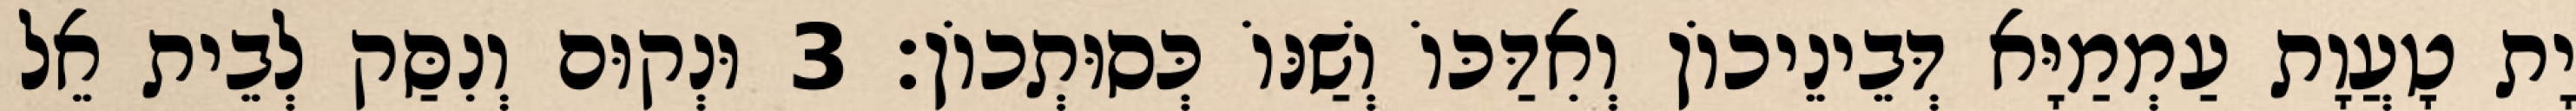
יָת טָעֲוָת עַמְמַיָּא דְּבֵינֵיכוֹן וְאִדַּכּוֹ וְשַׁנּוֹ כְּסוּתְכוֹן׃ 3 וּנְקוּם וְנִסַּק לְבֵית אֵל